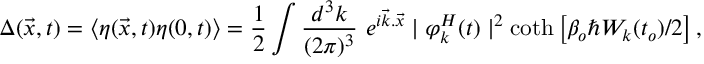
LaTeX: \Delta ( \vec { x } , t ) = \langle \eta ( \vec { x } , t ) \eta ( 0 , t ) \rangle = \frac { 1 } { 2 } \int \frac { d ^ { 3 } k } { ( 2 \pi ) ^ { 3 } } ~ e ^ { i \vec { k } . \vec { x } } \mid \varphi _ { k } ^ { H } ( t ) \mid ^ { 2 } \coth \left[ \beta _ { o } \hbar { \cal { W } } _ { k } ( t _ { o } ) / 2 \right] ,